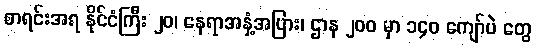
စာရင်းအရ နိုင်ငံကြီး ၂၀၊ နေရာအနှံ့အပြား၊ ဌာန ၂၀၀ မှာ ၁၄၀ ကျော်ပဲ တွေ